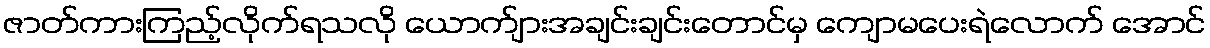
ဇာတ်ကားကြည့်လိုက်ရသလို ယောက်ျားအချင်းချင်းတောင်မှ ကျောမပေးရဲလောက် အောင်